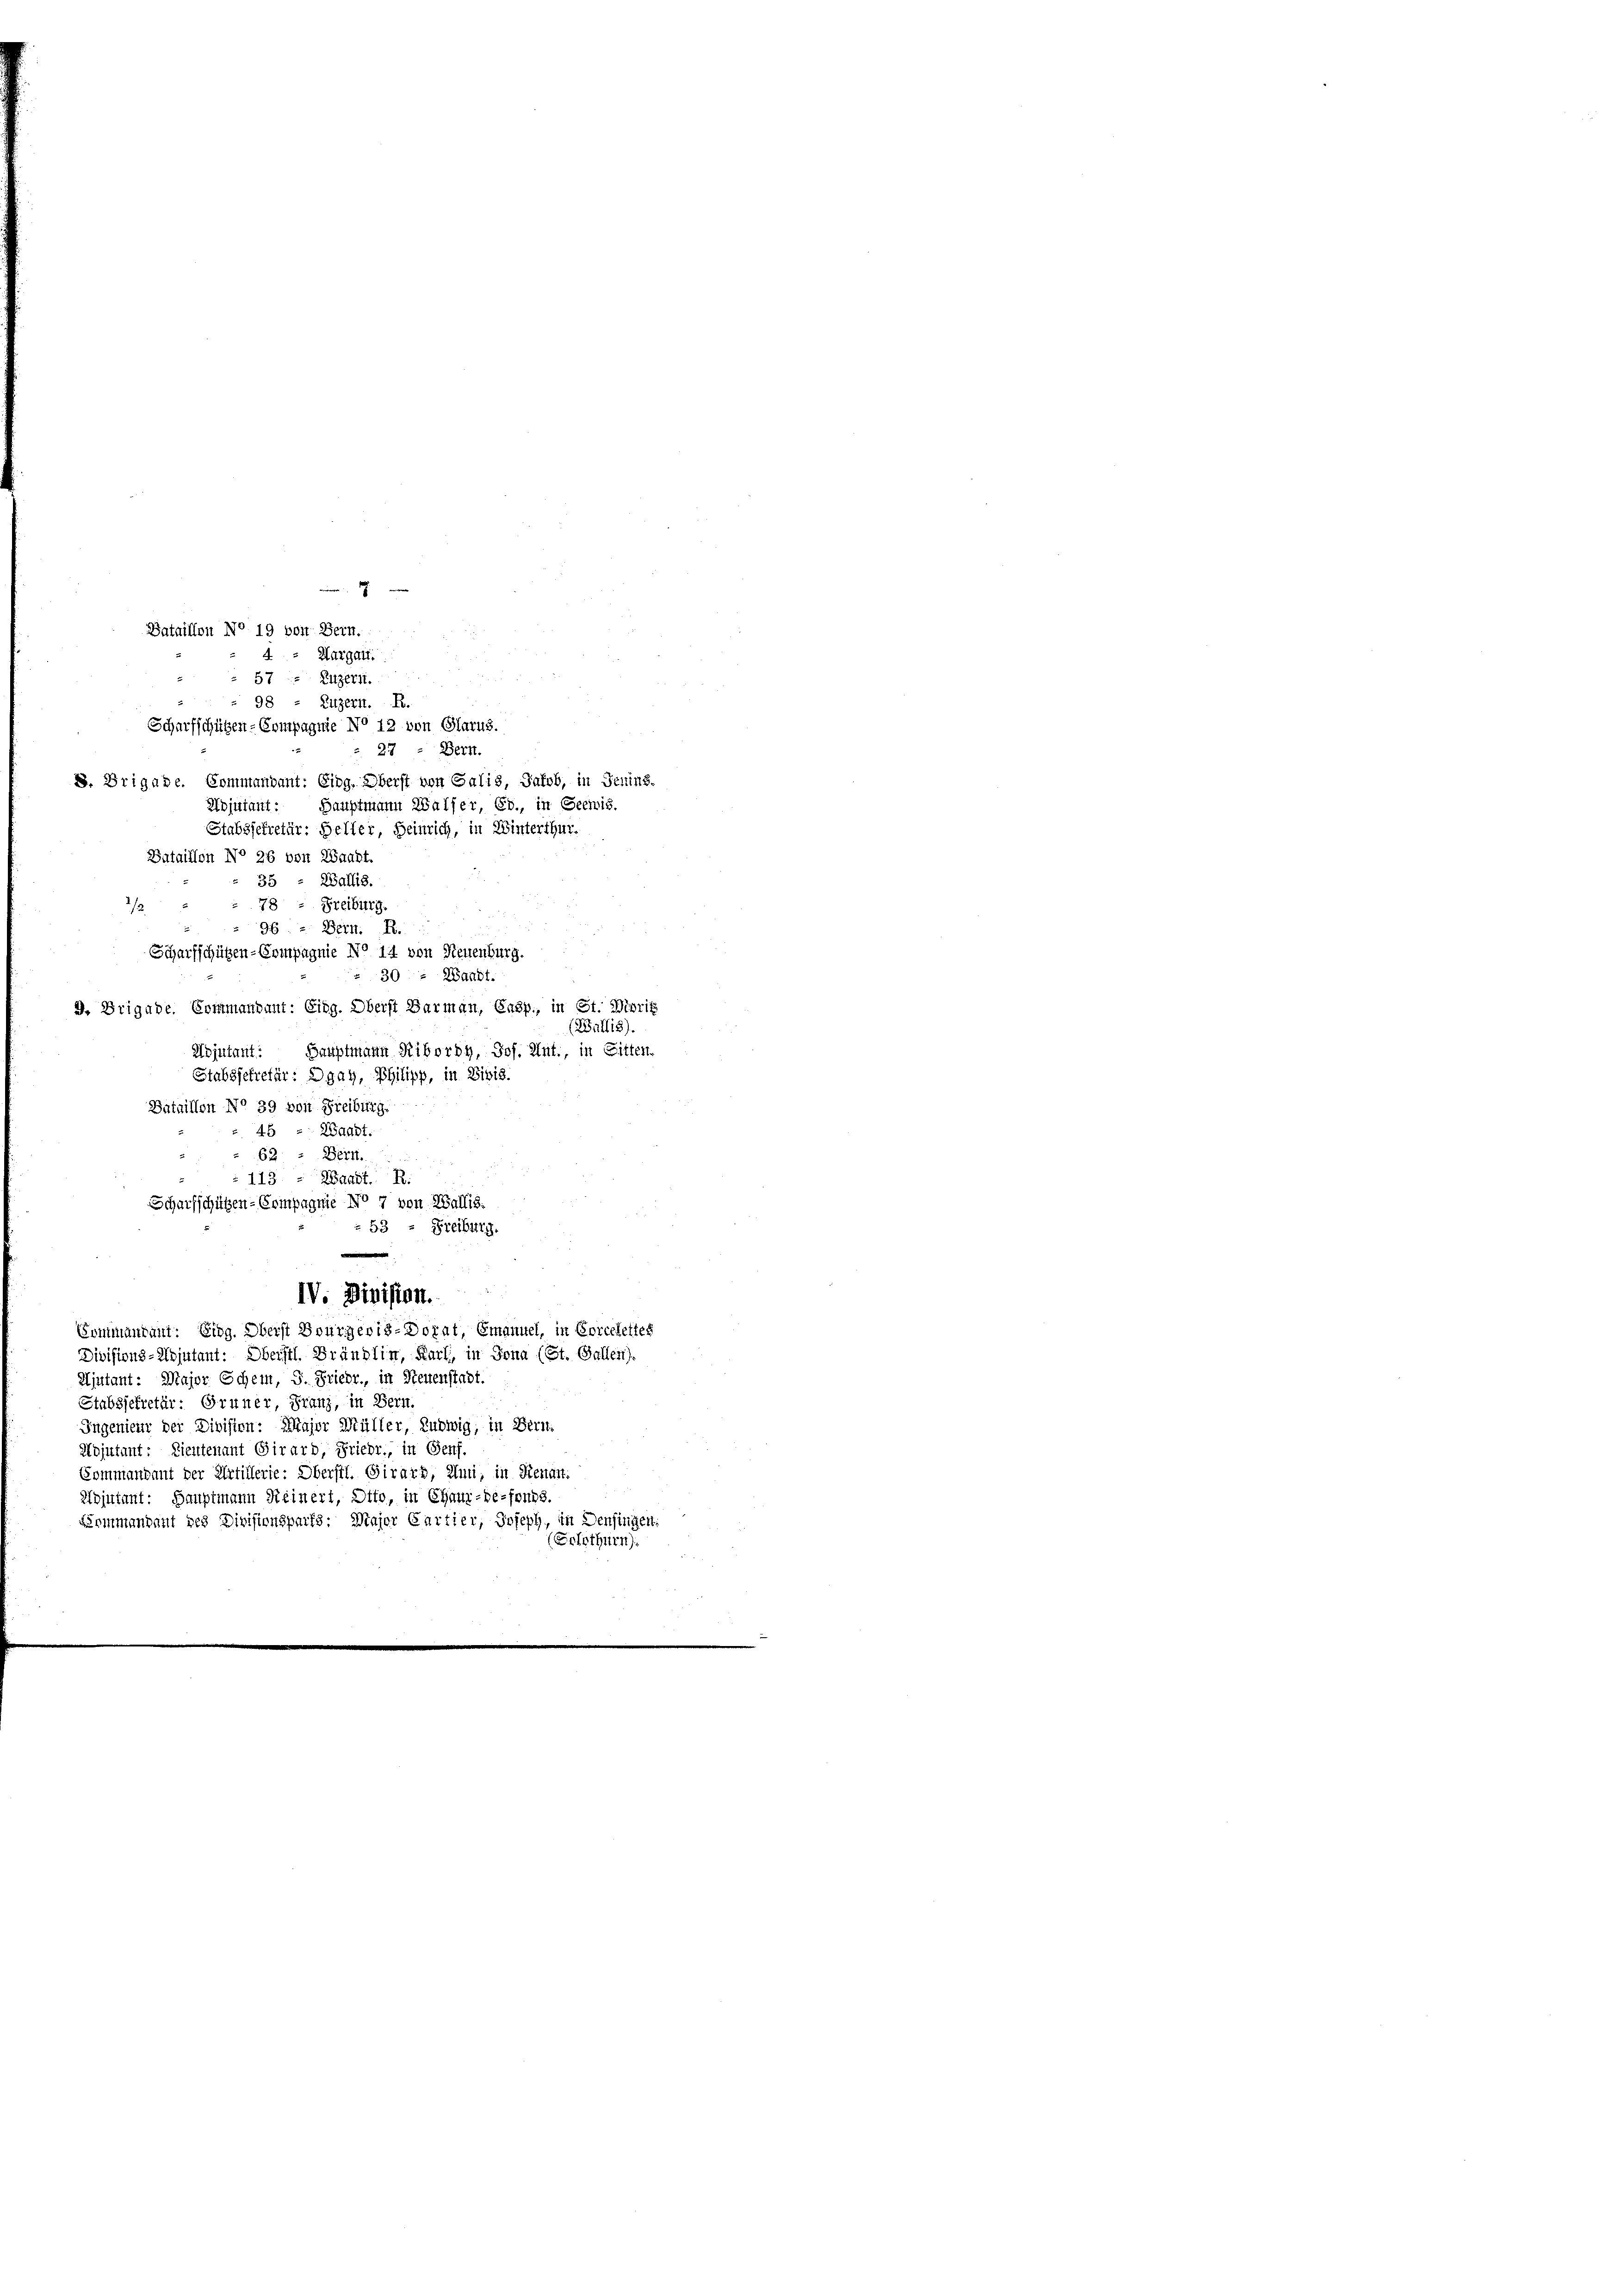
Bataillon No 19 von Bern.
4
2
9. Brigade. Commandant: Eidg. Oberst Barmann, Casp., in St. Dierig
(Wallis)
Sauptmann Ribordy, Jos. Unt., in Sitten.
Adjutant:
Stabssekretär: Dgay, Philipp, in Bibis.
Bataillon No 39 von Freiburg.
45 - Waadt.
62 : Bern.
113 - Waadt. R.
Scharfschützen-Compagnie No 7 von Wallis.
 53 - Freiburg.
IV. Division.
Commandant: Eidg. Oberst Bourgeris-Dotat, Emanuel, in Corcelettes
Divisions-Adjutant: Oberstl. Brändlin, Karl, in Jona (St. Gallen).
Hjutant: Major Schem, S. Friedr., in Steuenstadt.

Stabsjekretär: Gruner, Franz, in Bern.
Ingenieur der Division: Major Müller, Ludwig, in Bern.
Hojutant: Lieutenant Girard, Friedr., in Genf.
Commandant der Artillerie: Oberstl. Girard, Anni, in Renart.
Adjutant: Hauptmann Reinert, Otto, in Chai-Be-fonds
Leinmandant des Divisionsparts. Major Cartier, Joseph, in Denfingen.
(Solothurn).

277 - Bern.
8. Brigade. Commandant: Eing. Überst von Galis, Jakob, in Jenins.
Adjutant:
Stabssekretär: Heller, Heinrich, in Winterthur.
Bataillon No 26 von Waadt
35 - Wallis.
78 - Freiburg.
96 u. Bern. R.
Scharfschützen-Compagnie No 14 von Neuenburg.
30 - Waadt.

Hurgalt.
i
57 Kitzern.
98 - Luzern. R.
Scharfschützen-Compagnie No 12 von Glarus.

Hauptmann Walser, Ed., in Geewis.